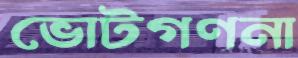
ভোটগণনা